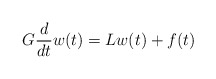
\begin{align*}G \frac{d}{dt} w(t) = L w(t) + f(t)\end{align*}